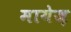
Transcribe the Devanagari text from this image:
मायेज़